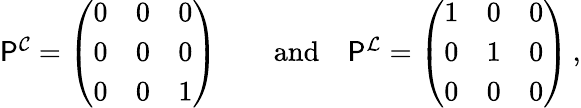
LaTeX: \begin{array}{r}{\mathsf{P}^{\mathcal{C}}=\left(\begin{array}{lll}{0}&{0}&{0}\\ {0}&{0}&{0}\\ {0}&{0}&{1}\end{array}\right)\qquad\mathrm{and}\quad\mathsf{P}^{\mathcal{L}}=\left(\begin{array}{lll}{1}&{0}&{0}\\ {0}&{1}&{0}\\ {0}&{0}&{0}\end{array}\right)\, ,}\end{array}